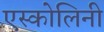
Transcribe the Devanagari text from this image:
एस्कोलिनी